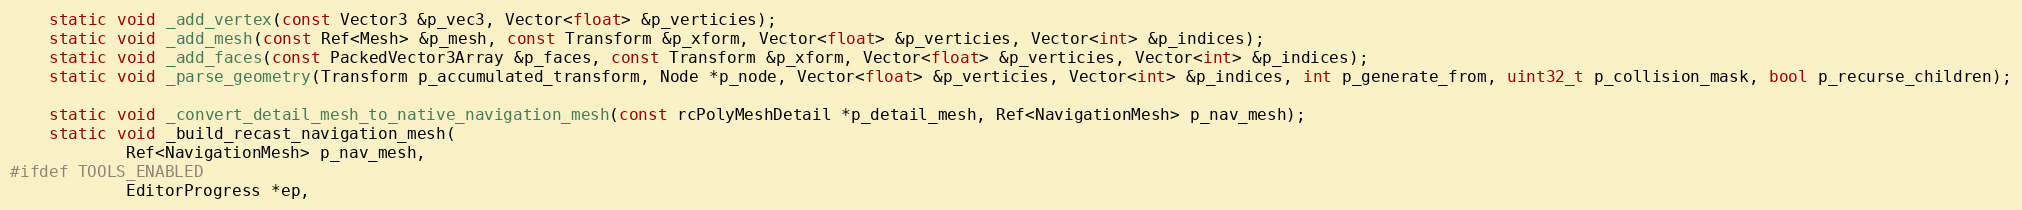
Language: C
	static void _add_vertex(const Vector3 &p_vec3, Vector<float> &p_verticies);
	static void _add_mesh(const Ref<Mesh> &p_mesh, const Transform &p_xform, Vector<float> &p_verticies, Vector<int> &p_indices);
	static void _add_faces(const PackedVector3Array &p_faces, const Transform &p_xform, Vector<float> &p_verticies, Vector<int> &p_indices);
	static void _parse_geometry(Transform p_accumulated_transform, Node *p_node, Vector<float> &p_verticies, Vector<int> &p_indices, int p_generate_from, uint32_t p_collision_mask, bool p_recurse_children);

	static void _convert_detail_mesh_to_native_navigation_mesh(const rcPolyMeshDetail *p_detail_mesh, Ref<NavigationMesh> p_nav_mesh);
	static void _build_recast_navigation_mesh(
			Ref<NavigationMesh> p_nav_mesh,
#ifdef TOOLS_ENABLED
			EditorProgress *ep,